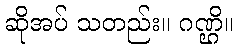
ဆိုအပ် သတည်း။ ဂဏ္ဌိ။